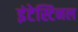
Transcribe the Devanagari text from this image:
इंटेस्टिनल